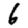
Digit: 6